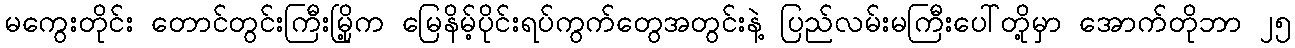
မကွေးတိုင်း တောင်တွင်းကြီးမြို့က မြေနိမ့်ပိုင်းရပ်ကွက်တွေအတွင်းနဲ့ ပြည်လမ်းမကြီးပေါ်တို့မှာ အောက်တိုဘာ ၂၅